Civil Veterinary Dept. North-West Frontier Province 1901-22 - 1901-1922
Year: 1901
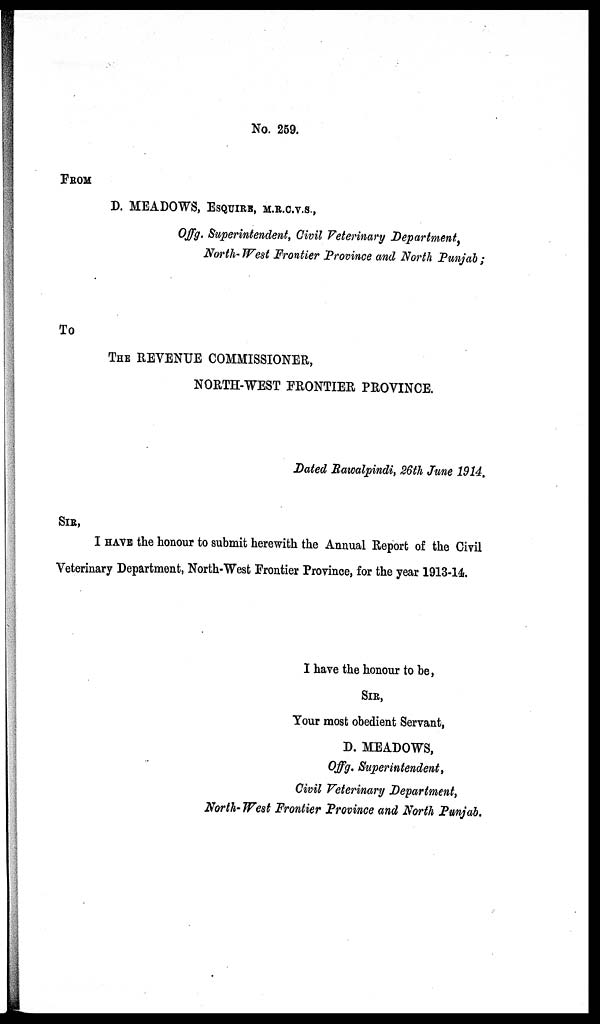
No. 259.
FROM
D. MEADOWS, ESQUIRE, M.R.C.V.S.,
Offg. Superintendent, Civil Veterinary Department,
North-West Frontier Province and North Punjab;
To
THE REVENUE COMMISSIONER,
NORTH-WEST FRONTIER PROVINCE.
Dated Rawalpindi, 26th June 1914.
SIR,
I HAVE the honour to submit herewith the Annual Report of the Civil
Veterinary Department, North-West Frontier Province, for the year 1913-14.
I have the honour to be,
SIR,
Your most obedient Servant,
D. MEADOWS,
Offg. Superintendent,
Civil Veterinary Department,
North-West Frontier Province and North Punjab.